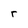
Character: r